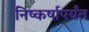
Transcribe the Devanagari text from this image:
निष्कर्षापर्यंत